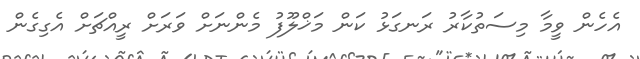
އެހެން ވީމާ މިސަތުކާރު ރަނގަޅު ކަން މަޚްލޫފު މެންނަށް ވަރަށް ރީއްޗަށް އެގިގެން